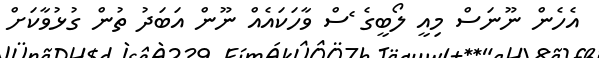
އެހެން ނޫނަސް މިއީ ލޯބީގެ ެސް ވާހަކައެއް ނޫން އަބަދު ތުން ގުޅުވާކަށް